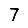
Digit: 7